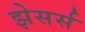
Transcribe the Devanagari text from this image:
झेसर्स